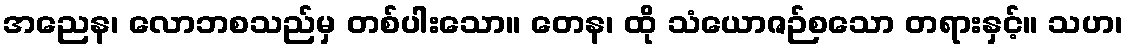
အညေန၊ လောဘစသည်မှ တစ်ပါးသော။ တေန၊ ထို သံယောဇဉ်စသော တရားနှင့်။ သဟ၊